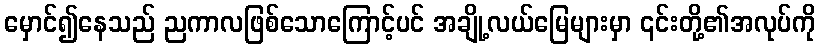
မှောင်၍နေသည် ညကာလဖြစ်သောကြောင့်ပင် အချို့လယ်မြေများမှာ ၎င်းတို့၏အလုပ်ကို